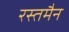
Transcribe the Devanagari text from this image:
रस्तमैन